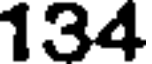
134